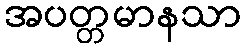
အပတ္တမာနသာ